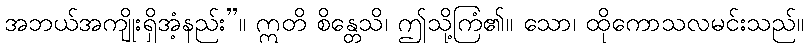
အဘယ်အကျိုးရှိအံ့နည်း”။ ဣတိ စိန္တေသိ၊ ဤသို့ကြံ၏။ သော၊ ထိုကောသလမင်းသည်။